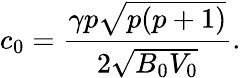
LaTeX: c_{0}=\frac{\gamma p\sqrt{p(p+1)}}{2\sqrt{B_{0}V_{0}}}.